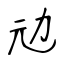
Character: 𠠺